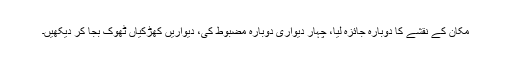
مکان کے نقشے کا دوبارہ جائزہ لیا، چہار دیواری دوبارہ مضبوط کی، دیواریں کھڑکیاں ٹھوک بجا کر دیکھیں۔